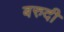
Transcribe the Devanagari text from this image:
बरुदी